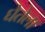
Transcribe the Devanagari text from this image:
घेतेला